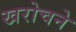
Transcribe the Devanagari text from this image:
खरोचने